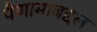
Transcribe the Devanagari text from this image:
पैणामाबद्दल